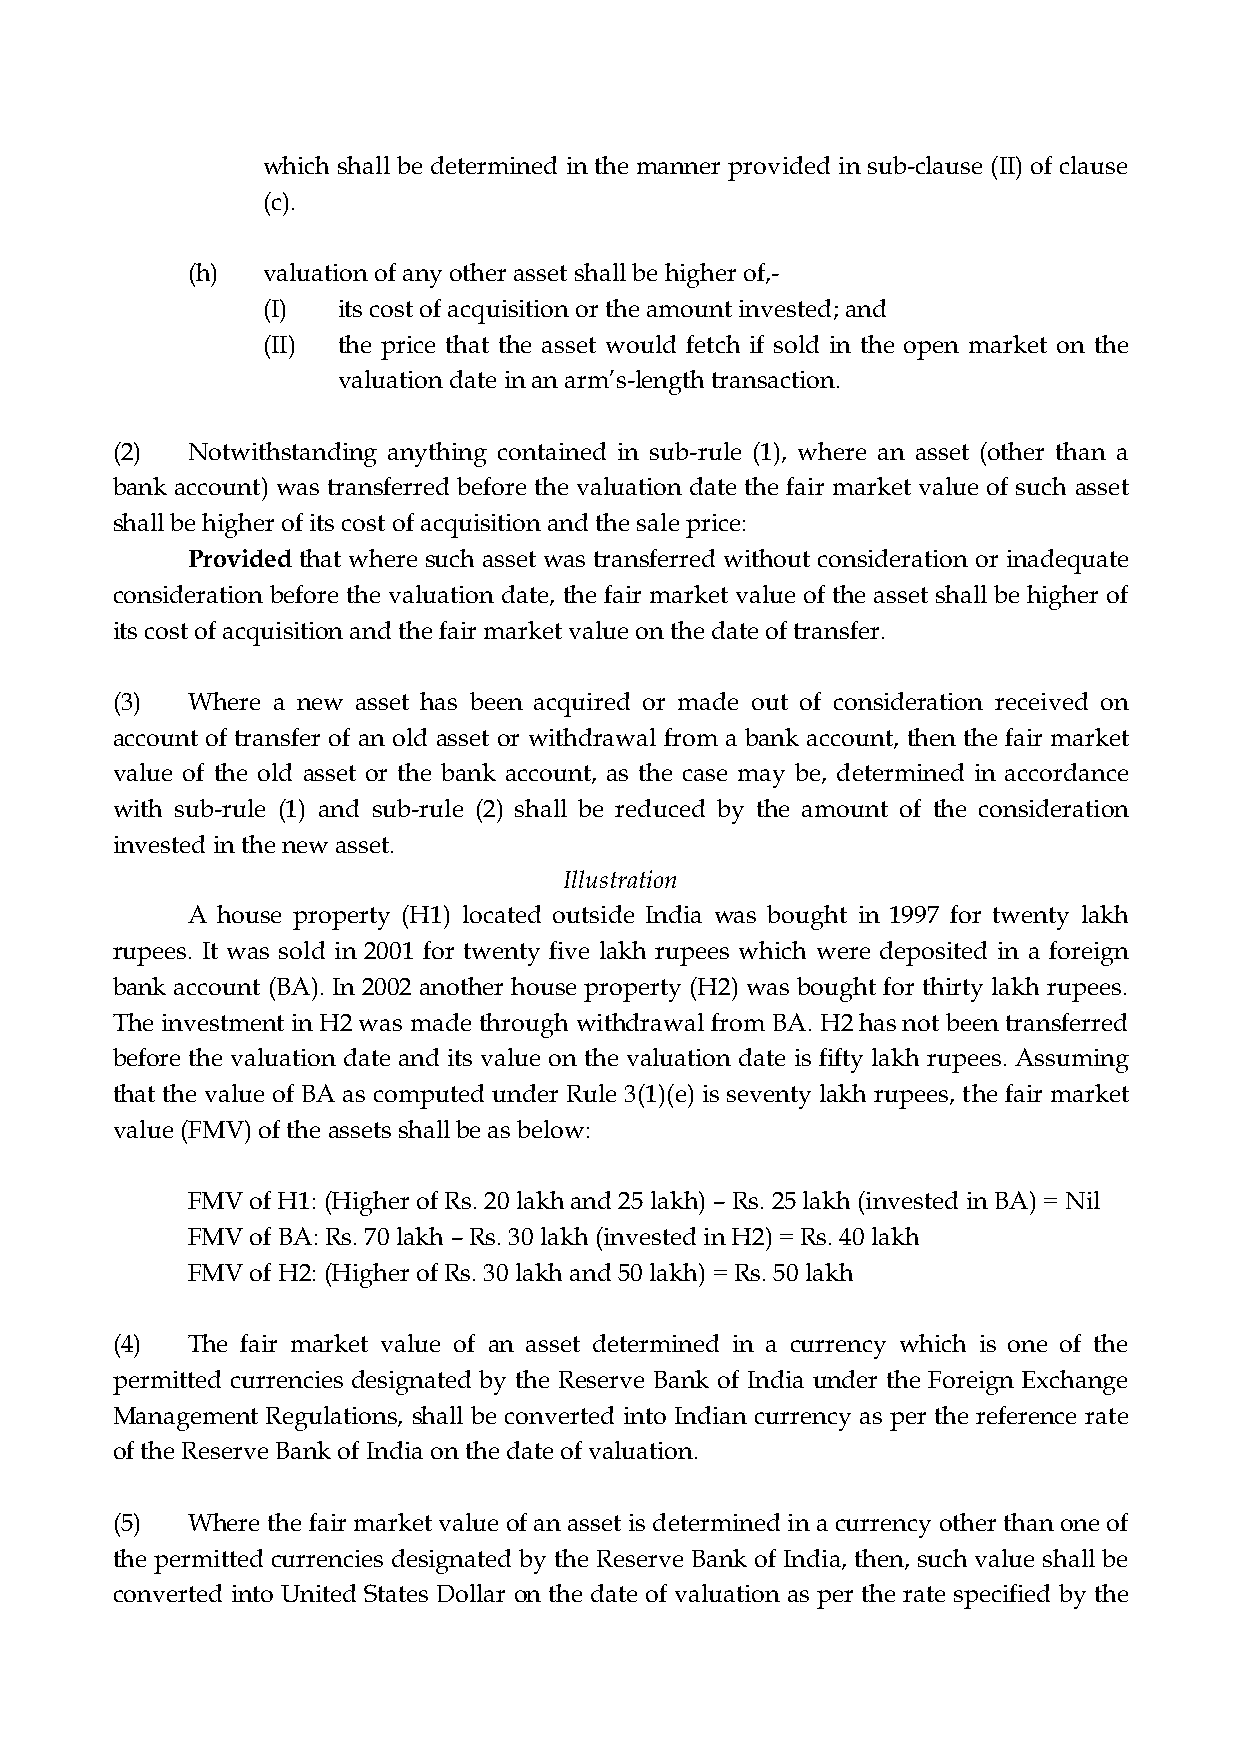
which shall be determined in the manner provided in sub-clause (II) of clause
 (c).
 (h)  valuation of any other asset shall be higher of,-
 (I)  its cost of acquisition or the amount invested; and
 (II) the price that the asset would fetch if sold in the open market on the
 valuation date in an arm’s-length transaction.
 (2)  Notwithstanding anything contained in sub-rule (1), where an asset (other than a
 bank account) was transferred before the valuation date the fair market value of such asset
 shall be higher of its cost of acquisition and the sale price:
 Provided that where such asset was transferred without consideration or inadequate
 consideration before the valuation date, the fair market value of the asset shall be higher of
 its cost of acquisition and the fair market value on the date of transfer.
 (3)  Where a new asset has been acquired or made out of consideration received on
 account of transfer of an old asset or withdrawal from a bank account, then the fair market
 value of the old asset or the bank account, as the case may be, determined in accordance
 with sub-rule (1) and sub-rule (2) shall be reduced by the amount of the consideration
 invested in the new asset.
 Illustration
 A house property (H1) located outside India was bought in 1997 for twenty lakh
 rupees. It was sold in 2001 for twenty five lakh rupees which were deposited in a foreign
 bank account (BA). In 2002 another house property (H2) was bought for thirty lakh rupees.
 The investment in H2 was made through withdrawal from BA. H2 has not been transferred
 before the valuation date and its value on the valuation date is fifty lakh rupees. Assuming
 that the value of BA as computed under Rule 3(1)(e) is seventy lakh rupees, the fair market
 value (FMV) of the assets shall be as below:
 FMV  of H1: (Higher of Rs. 20 lakh and 25 lakh) – Rs. 25 lakh (invested in BA) = Nil
 FMV  of BA: Rs. 70 lakh – Rs. 30 lakh (invested in H2) = Rs. 40 lakh
 FMV  of H2: (Higher of Rs. 30 lakh and 50 lakh) = Rs. 50 lakh
 (4)  The fair market value of an asset determined in a currency which is one of the
 permitted currencies designated by the Reserve Bank of India under the Foreign Exchange
 Management Regulations, shall be converted into Indian currency as per the reference rate
 of the Reserve Bank of India on the date of valuation.
 (5)  Where the fair market value of an asset is determined in a currency other than one of
 the permitted currencies designated by the Reserve Bank of India, then, such value shall be
 converted into United States Dollar on the date of valuation as per the rate specified by the